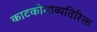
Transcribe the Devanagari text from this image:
काटकोनाव्यतिरिक्त